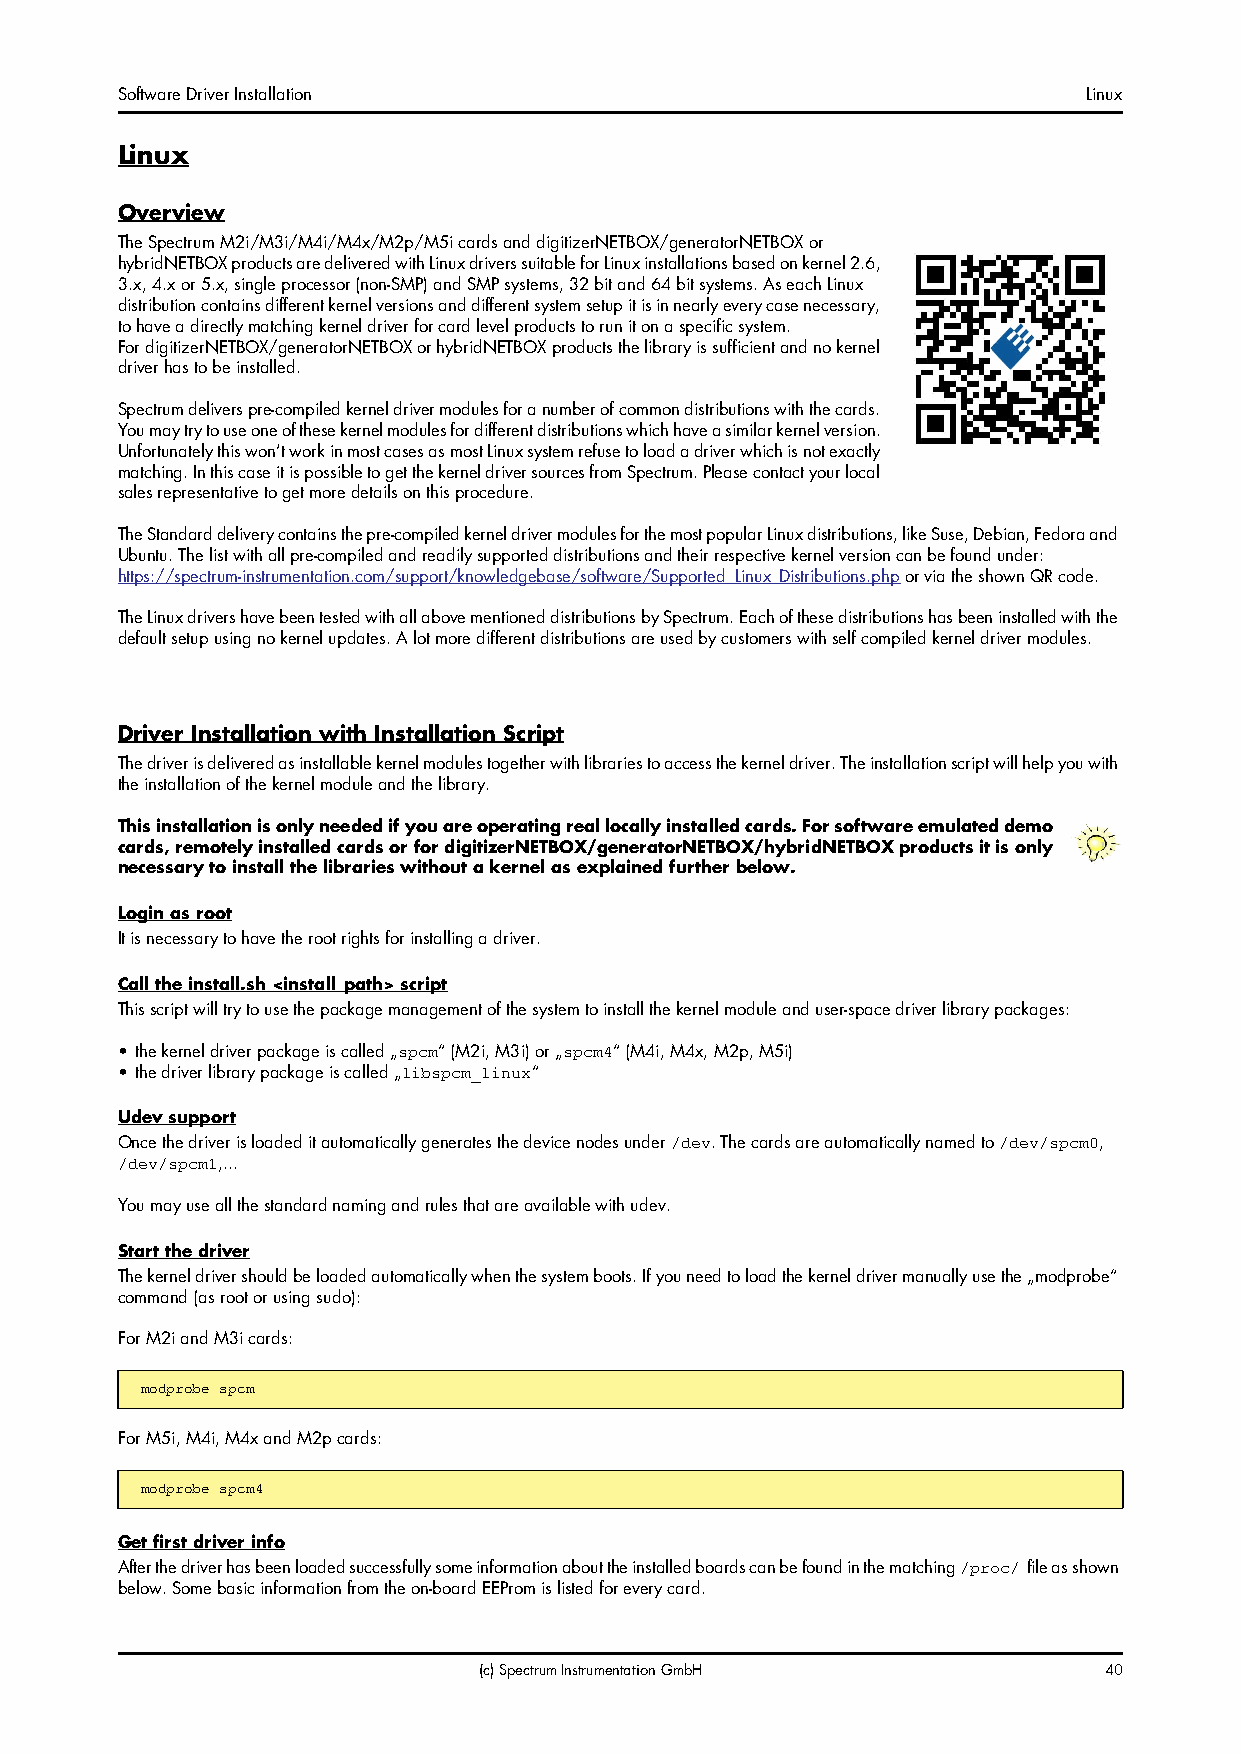
Software Driver Installation                                    Linux
 Linux
 Overview
 The Spectrum M2i/M3i/M4i/M4x/M2p/M5i cards and digitizerNETBOX/generatorNETBOX or
 hybridNETBOX products are delivered with Linux drivers suitable for Linux installations based on kernel 2.6,
 3.x, 4.x or 5.x, single processor (non-SMP) and SMP systems, 32 bit and 64 bit systems. As each Linux
 distribution contains different kernel versions and different system setup it is in nearly every case necessary,
 to have a directly matching kernel driver for card level products to run it on a specific system.
 For digitizerNETBOX/generatorNETBOX or hybridNETBOX products the library is sufficient and no kernel
 driver has to be installed.
 Spectrum delivers pre-compiled kernel driver modules for a number of common distributions with the cards.
 You may try to use one of these kernel modules for different distributions which have a similar kernel version.
 Unfortunately this won’t work in most cases as most Linux system refuse to load a driver which is not exactly
 matching. In this case it is possible to get the kernel driver sources from Spectrum. Please contact your local
 sales representative to get more details on this procedure.
 The Standard delivery contains the pre-compiled kernel driver modules for the most popular Linux distributions, like Suse, Debian, Fedora and
 Ubuntu. The list with all pre-compiled and readily supported distributions and their respective kernel version can be found under:
 https://spectrum-instrumentation.com/support/knowledgebase/software/Supported_Linux_Distributions.php or via the shown QR code.
 The Linux drivers have been tested with all above mentioned distributions by Spectrum. Each of these distributions has been installed with the
 default setup using no kernel updates. A lot more different distributions are used by customers with self compiled kernel driver modules.
 Driver Installation with Installation Script
 The driver is delivered as installable kernel modules together with libraries to access the kernel driver. The installation script will help you with
 the installation of the kernel module and the library.
 This installation is only needed if you are operating real locally installed cards. For software emulated demo
 cards, remotely installed cards or for digitizerNETBOX/generatorNETBOX/hybridNETBOX products it is only
 necessary to install the libraries without a kernel as explained further below.
 Login as root
 It is necessary to have the root rights for installing a driver.
 Call the install.sh <install_path> script
 This script will try to use the package management of the system to install the kernel module and user-space driver library packages:
 • the kernel driver package is called „ “ (M2i, M3i) or „ “ (M4i, M4x, M2p, M5i)
 spcm       spcm4
 • the driver library package is called „ “
 libspcm_linux
 Udev support
 Once the driver is loaded it automatically generates the device nodes under . The cards are automatically named to ,
 /dev                  /dev/spcm0
 ,...
 /dev/spcm1
 You may use all the standard naming and rules that are available with udev.
 Start the driver
 The kernel driver should be loaded automatically when the system boots. If you need to load the kernel driver manually use the „modprobe“
 command (as root or using sudo):
 For M2i and M3i cards:
 modprobe spcm
 For M5i, M4i, M4x and M2p cards:
 modprobe spcm4
 Get first driver info
 After the driver has been loaded successfully some information about the installed boards can be found in the matching file as shown
 /proc/
 below. Some basic information from the on-board EEProm is listed for every card.
 (c) Spectrum Instrumentation GmbH        40